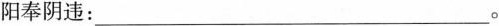
阳奉阴违：___。